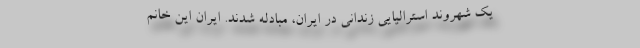
یک شهروند استرالیایی زندانی در ایران، مبادله شدند. ایران این خانم